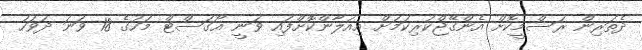
ދެތަރިން ރަސްމީކޮށް އެންގޭޖްކުރިކަމަށް އިއުލާންކޮށްފައި ވަނީ އޯގަސްޓް މަހުގެ 18 ވަނަ ދުވަހު